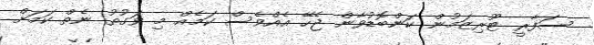
ސަފާރީ ޓޫރިޒަމުން ކަންބޮޑުވާން ޖެހޭ އެއްވެސް ކަމެއް މި ވަގުތު ނެތް ކަމަށް